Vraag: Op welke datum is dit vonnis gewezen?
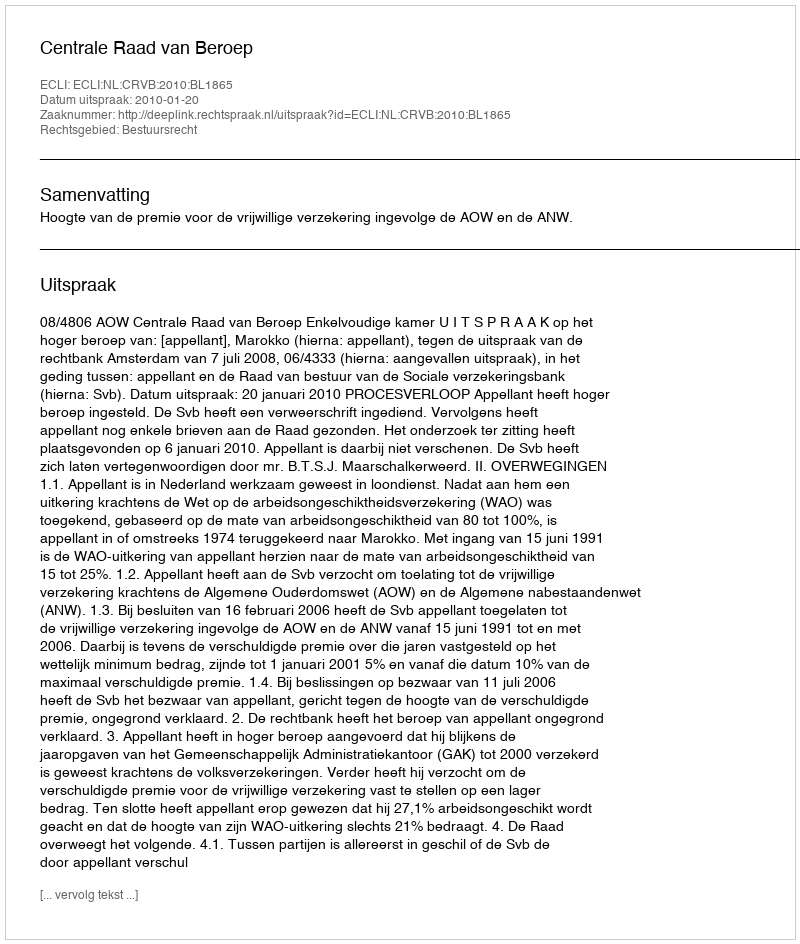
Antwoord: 2010-01-20